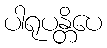
ပါရုပန္တိပေ